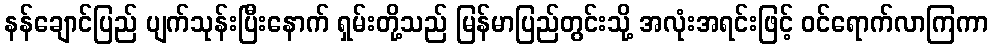
နန်ချောင်ပြည် ပျက်သုန်းပြီးနောက် ရှမ်းတို့သည် မြန်မာပြည်တွင်းသို့ အလုံးအရင်းဖြင့် ဝင်ရောက်လာကြကာ